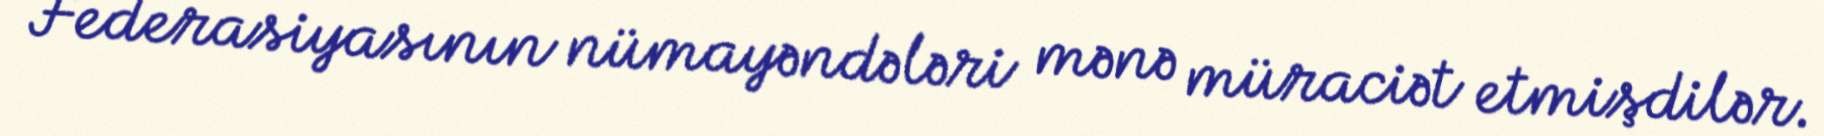
Federasiyasının nümayəndələri mənə müraciət etmişdilər.